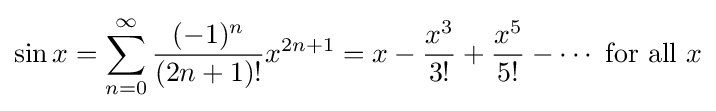
\sin x=\sum _{n=0}^{\infty }{\frac {(-1)^{n}}{(2n+1)!}}x^{2n+1}=x-{\frac {x^{3}}{3!}}+{\frac {x^{5}}{5!}}-\cdots {\text{ for all }}x